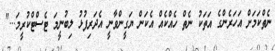
ނެތްކަމަށް އަހަރެންގެ އަތަކު ނެތް ހެއްކެއް އެކަން ޔަގީންވާނީ އެދަރިފުޅު ލިބުނީމަ ޓެސްޓްކުރީމަ..."